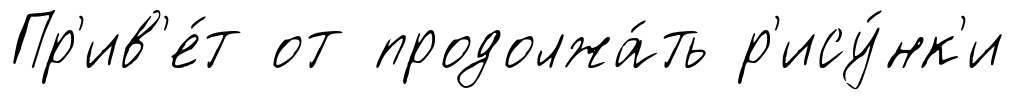
Пр'ив'е́т от продолжа́ть р'ису́нк'и